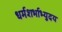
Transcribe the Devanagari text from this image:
धर्मशर्भाभ्युदय